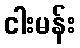
ငါးမန်း